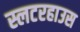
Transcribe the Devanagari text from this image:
स्लटरहाउस